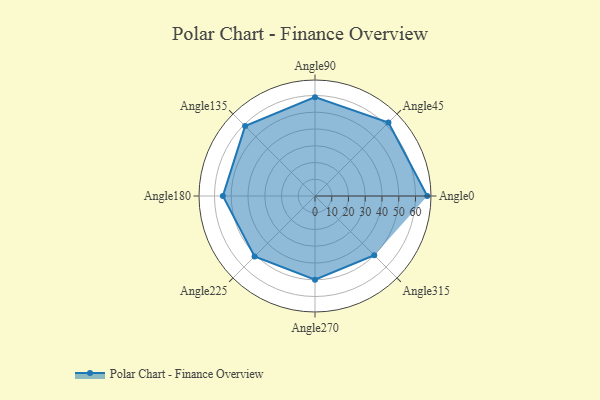
{"axis": {"x": "Angle", "y": "Radius"}, "legend": [""], "data": [{"x": "Angle0", "y": 67.0, "type": ""}, {"x": "Angle45", "y": 62.0, "type": ""}, {"x": "Angle90", "y": 59.0, "type": ""}, {"x": "Angle135", "y": 59.0, "type": ""}, {"x": "Angle180", "y": 55.0, "type": ""}, {"x": "Angle225", "y": 51.0, "type": ""}, {"x": "Angle270", "y": 50.0, "type": ""}, {"x": "Angle315", "y": 50, "type": ""}]}